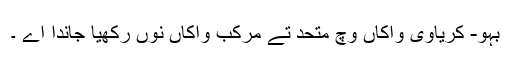
بہو- کریاوی واکاں وچ متحد تے مرکب واکاں نوں رکھیا جاندا اے ۔